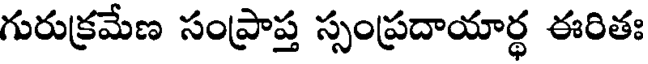
గురుక్రమేణ సంప్రాప్త స్సంప్రదాయార్థ ఈరితః